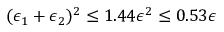
( \epsilon _ { 1 } + \epsilon _ { 2 } ) ^ { 2 } \leq 1 . 4 4 \epsilon ^ { 2 } \leq 0 . 5 3 \epsilon